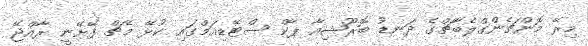
މިރޭ މޮންޗެންގްލެބާޗްގެ ދަނޑު ބޮރޫޝިއާ ޕާކް ސްޓޭޑިއަމްގައި ކުޅޭ މެޗް ފޭށޭނީ ރާއްޖޭ